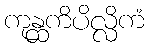
ကုန္ထကိပိလ္လိကံ